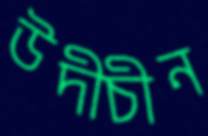
উদীচীন